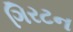
ગિરટન